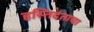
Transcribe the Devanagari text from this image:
हस्तिदंताचा